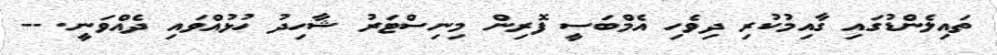
ތައިލެންޑުގައި ގާއިމުކުރި ދިވެހި އެމްބަސީ ފޮރިން މިނިސްޓަރު ޝާހިދު ހުޅުއްވައި ދެއްވަނީ. --